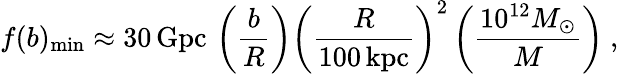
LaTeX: f(b)_{\mathrm{min}}\approx 30\, \mathrm{Gpc}\, \left(\frac{b}{R}\right)\left(\frac{R}{100\, \mathrm{kpc}}\right)^{2}\left(\frac{10^{12}M_{\odot}}{M}\right)\ ,